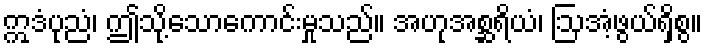
ဣဒံပုညံ၊ ဤသို့သောကောင်းမှုသည်။ အဟုအစ္ဆရိယံ၊ ဩအံ့ဖွယ်ရှိစွ။